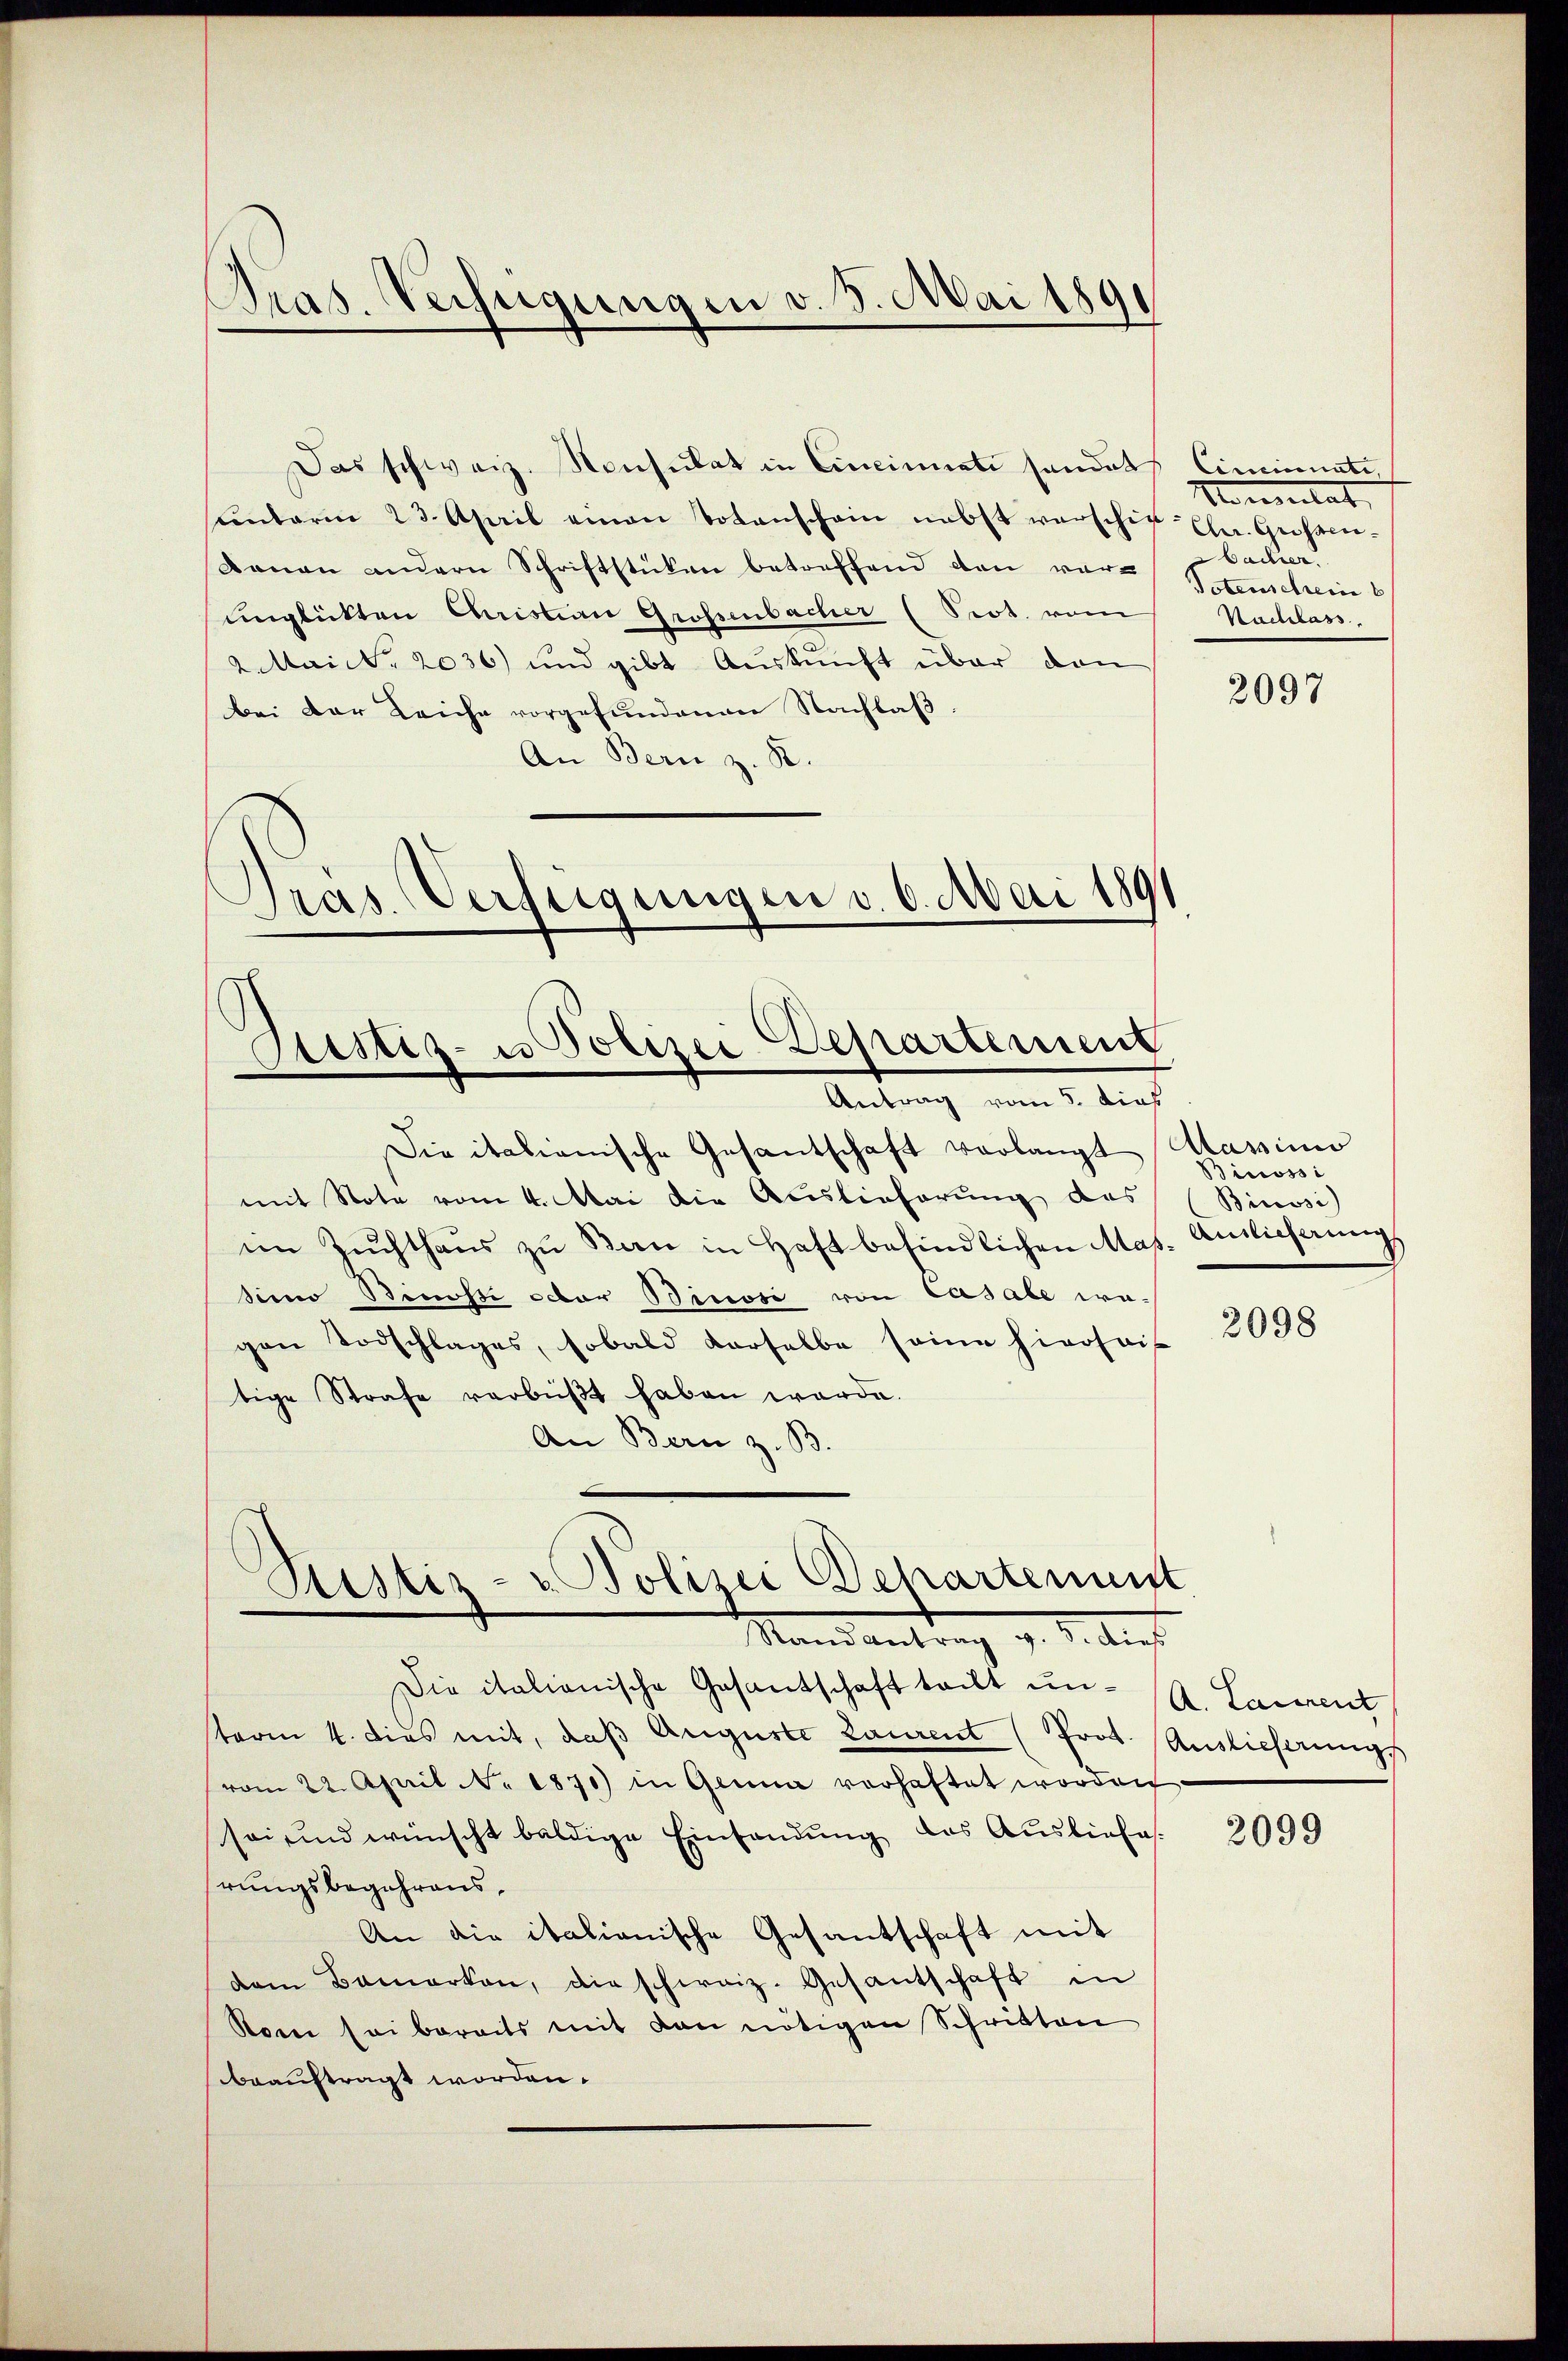
Tras. Rechtigungen v. 5. Mai 1891

Das schweiz. Konsulat in Cincinati sonders Ciminuati
ŭnterm 23. April einen Totenschein nebst verschik-Cha. Grosser-
Ranau andern Schriftstücken betreffend den verunglückten Christian Grossenbacher (Prot. vom
2 Maict. 2036) und gibt Auskunft über den
bei der Leiche vorgefundenen Nachlaß.
An Bern z. R.
Pras. Verfügungen v. 6. Mai 1891

Custiz- u Polizei Departement
Antrag vom 5. dies

Die italianische Gesantschaft verlangt
mit Note vom 4. Mai die Auslieferung des
im Zuchthaus zu San in Haft befindlichen Mas. Auslieferung
sien Binosse oder Binosi von Casale wegen Todschlages, sobald derselbe seine hironi
tige Strafe verbüßt haben werde.
An Bern z. B.
Die italionische Gesantschaft teilt un- (A. Lassrent
sterm 4. dies mit, daβ Auguste Laurent (Prot. Auslieferungs
vom 22. April No 1870) in Genua vorhaftet worden
sei und wünscht baldige Einfandung des Ausliefes.
hrungsbegehrens,
An die italianische Gesantschaft mit
dem Bemerken, die schweiz. Gesantschaft in
Stoni sei bereits mit den nötigen Schritten
beauftragt worden.

Piester- u. Polizei Schartenunt
Manes antrag z. B. dies

Momentat
Bacher.
Potenschein
Nachlass

2097

Aasini
icossi
Binosi)

2098

2099